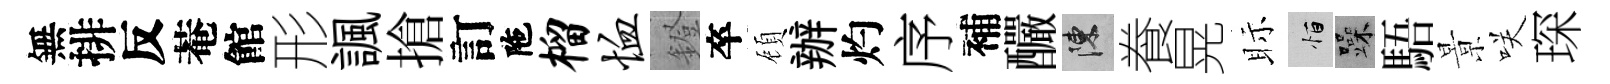
無排反菴館形諷搶訂陁榴恤鐙卒頋辦灼序補釅陳飬晃眎恒躁䮏㬌咲琛